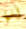
أنها